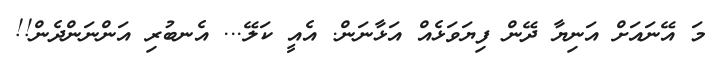
މަ އޭނައަށް އަނިޔާ ދޭން ފިޔަވަޅެއް އަޅާނަން. އެއީ ކަލޭ... އެނބުރި އަންނަންދެން!!